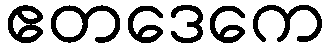
ဧတဒေကေ